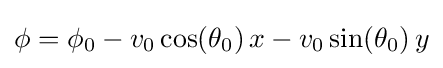
\phi =\phi _{0}-v_{0}\cos(\theta _{0})\,x-v_{0}\sin(\theta _{0})\,y